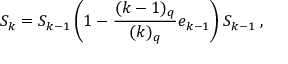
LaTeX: S _ { k } = S _ { k - 1 } \left( 1 - \frac { ( k - 1 ) _ { q } } { ( k ) _ { q } } e _ { k - 1 } \right) S _ { k - 1 } \; ,